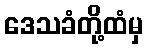
ဒေသခံတို့ထံမှ